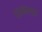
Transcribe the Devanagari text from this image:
दलबलसह